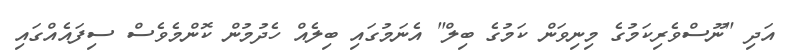
އަދި "ނޫސްވެރިކަމުގެ މިނިވަން ކަމުގެ ބިލް" އެނަމުގައި ބިލެއް ހެދުމުން ކޮންމެވެސް ސިފައެއްގައި